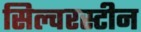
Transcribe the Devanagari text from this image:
सिल्वरस्टीन